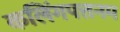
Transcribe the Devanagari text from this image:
कलिंगपत्तनम